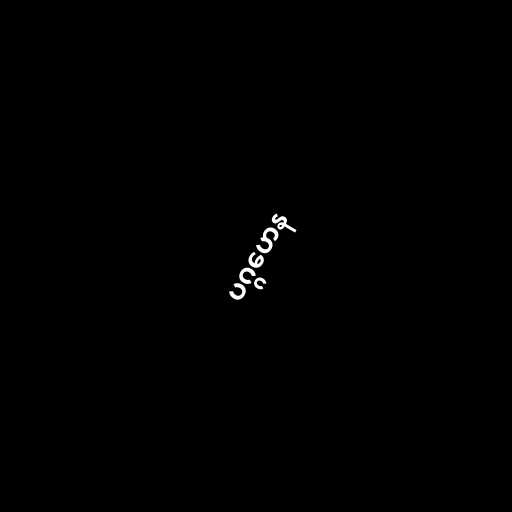
ပဂ္ဂဟေန